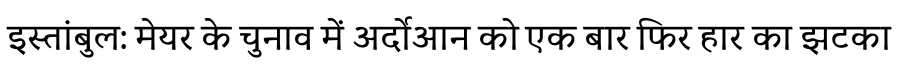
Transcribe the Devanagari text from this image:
इस्तांबुल: मेयर के चुनाव में अर्दोआन को एक बार फिर हार का झटका